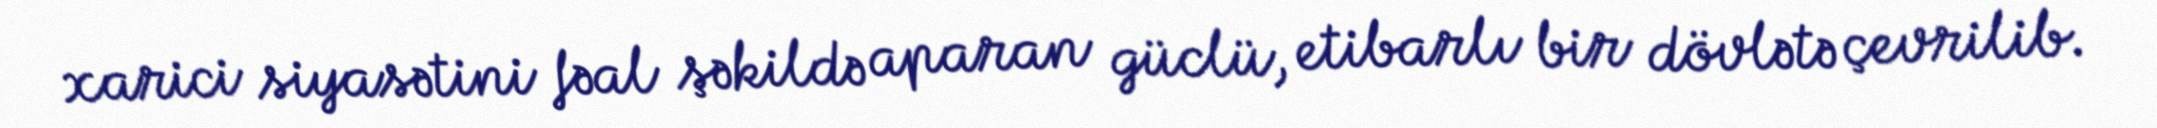
xarici siyasətini fəal şəkildə aparan güclü, etibarlı bir dövlətə çevrilib.